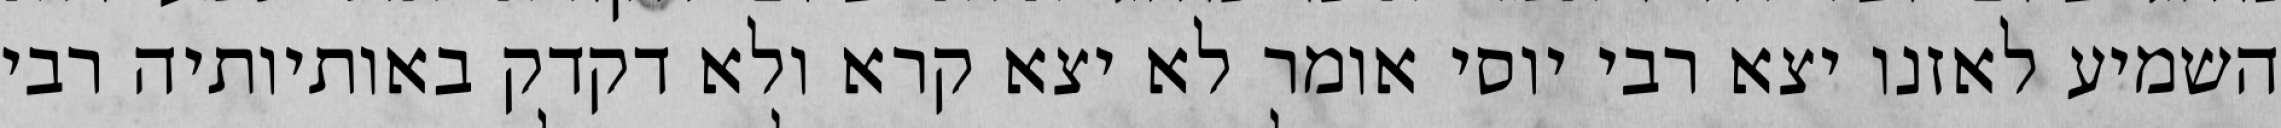
השמיע לאזנו יצא רבי יוסי אומר לא יצא קרא ולא דקדק באותיותיה רבי